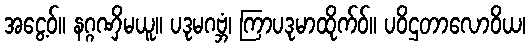
အငွေ့ဝ်။ နဂ္ဂဏှိမယူ။ ပဒုမဂဗ္ဘံ၊ ကြာပဒုမာထိုက်ဝ်။ ပဝိဌတာလောဝိယ၊